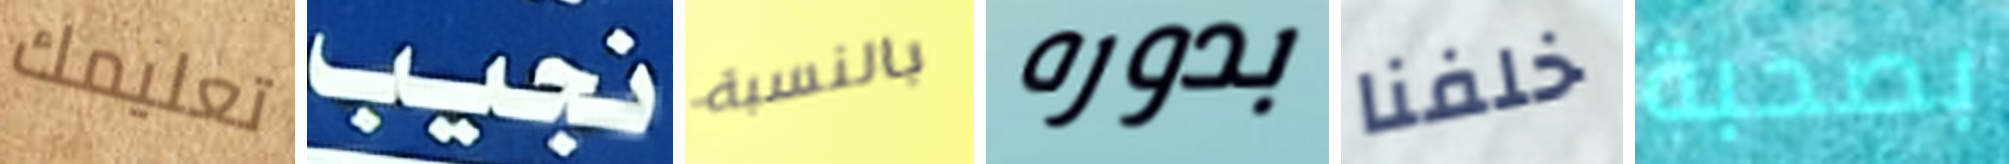
تعليمك نجيب بالنسبة بدوره خلفنا بصحبة